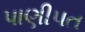
પાણીપત